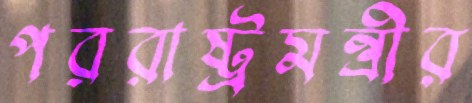
পররাষ্ট্রমন্ত্রীর